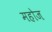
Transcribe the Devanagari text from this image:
महोज